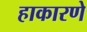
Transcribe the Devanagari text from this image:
हाकारणे